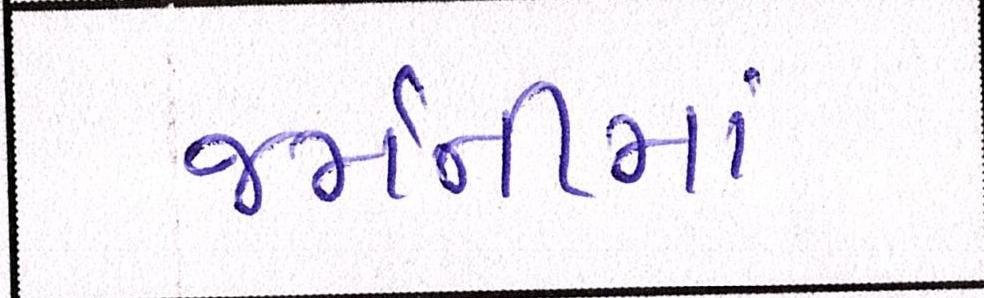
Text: જર્મનીમાં